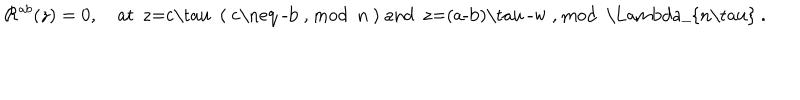
{ \cal R } ^ { a b } ( z ) = 0 , ~ \mathrm { a t ~ z = c \ t a u ~ ( ~ c \neq ~ - b ~ , ~ m o d ~ n ~ ) ~ a n d ~ z = ( a - b ) \ t a u ~ - w ~ , ~ m o d ~ \Lambda _ { n \ t a u } ~ } .